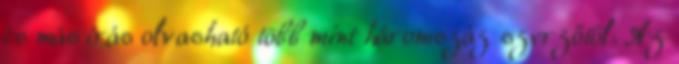
és más írás olvasható több mint háromszáz szerzőtől. Az